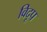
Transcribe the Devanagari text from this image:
विदूप